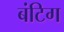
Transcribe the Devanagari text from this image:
बंटिग